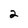
Character: 2